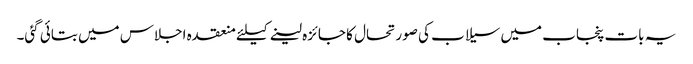
یہ بات پنجاب میں سیلاب کی صورتحال کا جائزہ لینے کیلئے منعقدہ اجلاس میں بتائی گئی۔